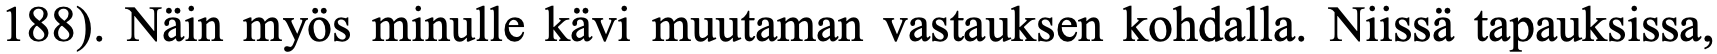
188). Näin myös minulle kävi muutaman vastauksen kohdalla. Niissä tapauksissa,